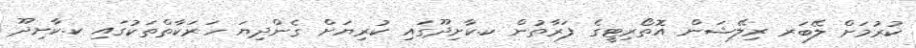
ކުރުމަށް ލޭބަރ ރިލޭޝަން އޮތޯރިޓީގެ ފަރާތުން ކ.ކާށިދޫގައި ކުރިޔަށް ގެންދިޔަ ހަރަކާތްތަކުގައި ކ.ކާށިދޫ